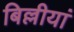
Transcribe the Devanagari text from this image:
बिल्लीयां